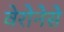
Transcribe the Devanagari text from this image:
वेरोनेसे